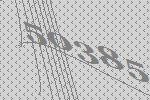
50385